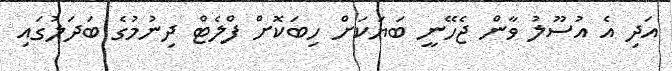
އަދި އެ އުސޫލު ވާން ޖެހޭނީ ބަޔަކަށް ހިބަކޮށް ފްލެޓް ދިނުމުގެ ބަދަލުގައި